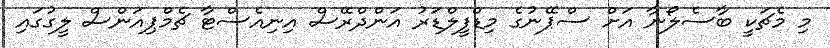
މި މެޗަކީ ބާސެލޯނާ އަށް ސްޕޭނުގެ މިޑްފީލްޑަރު އަންދްރޭސް އިނިއެސްޓާ ޗެމްޕިއަންސް ލީގުގައި